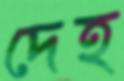
দেহ